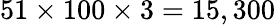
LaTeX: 51\times 100\times 3=15,300